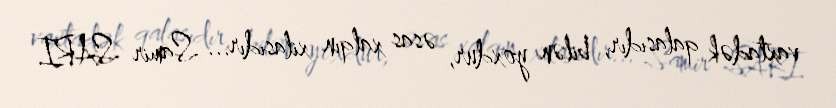
vaxtadək qalasıdır, bilən yoxdur, əsas xalqın xilasıdır... Samir SARI.